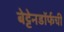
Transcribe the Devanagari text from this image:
बेट्टेनडॉर्फची